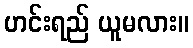
ဟင်းရည် ယူမလား။